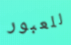
للعبور